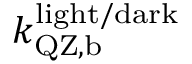
k _ { \mathrm { Q Z , b } } ^ { \mathrm { l i g h t / d a r k } }